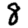
Digit: 8